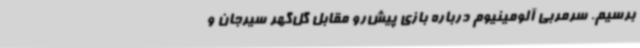
برسیم. سرمربی آلومینیوم درباره بازی پیش‌رو مقابل گل‌گهر سیرجان و